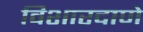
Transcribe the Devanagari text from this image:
विशारदाणे